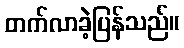
တက်လာခဲ့ပြန်သည်။